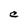
Character: C